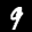
Label: 9